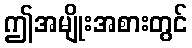
ဤအမျိုးအစားတွင်